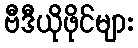
ဗီဒီယိုဖိုင်များ